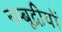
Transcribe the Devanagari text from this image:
नम्बूद्रीयों